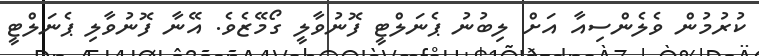
ކުރުމުން ވެލެންސިއާ އަށް ލިބުނު ޕެނަލްޓީ ފޮނުވާލީ ގޯމޭޒެވެ. އޭނާ ފޮނުވާލި ޕެނަލްޓީ